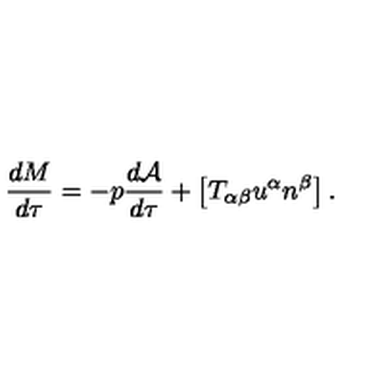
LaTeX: \frac { d M } { d \tau } = - p \frac { d { \cal A } } { d \tau } + \left[ T _ { \alpha \beta } u ^ { \alpha } n ^ { \beta } \right] .